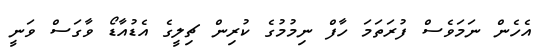
އެހެން ނަމަވެސް ފުރަތަމަ ހާފް ނިމުމުގެ ކުރިން ޗިލީގެ އެޑުއާޑޯ ވާގަސް ވަނީ